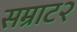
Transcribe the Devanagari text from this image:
सम्राट२